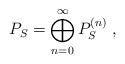
\begin{align*}P_S= \bigoplus\limits_{n=0}^{\infty} P_S^{(n)}\;,\end{align*}